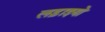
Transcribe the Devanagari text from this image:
लड़ाइयो